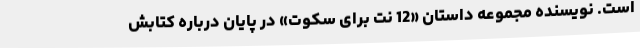
است. نویسنده مجموعه داستان «12 نت برای سکوت» در پایان درباره کتابش